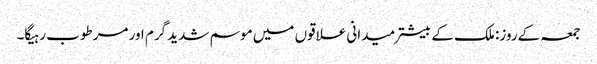
جمعہ کےروز: ملک کے بیشتر میدانی علاقوں میں موسم شدید گرم اور مرطوب رہیگا۔